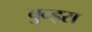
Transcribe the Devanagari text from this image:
वुन्ड्स